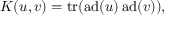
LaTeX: K ( u , v ) = \operatorname { t r } ( \operatorname { a d } ( u ) \operatorname { a d } ( v ) ) ,